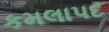
કમલાપદ